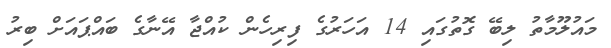
މައުލޫމާތު ލިބޭ ގޮތުގައި 14 އަހަރުގެ ފިރިހެން ކުއްޖާ އޭނާގެ ބައްޕައަށް ބިރު